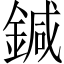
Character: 鍼